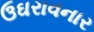
ઉઘરાવનાર